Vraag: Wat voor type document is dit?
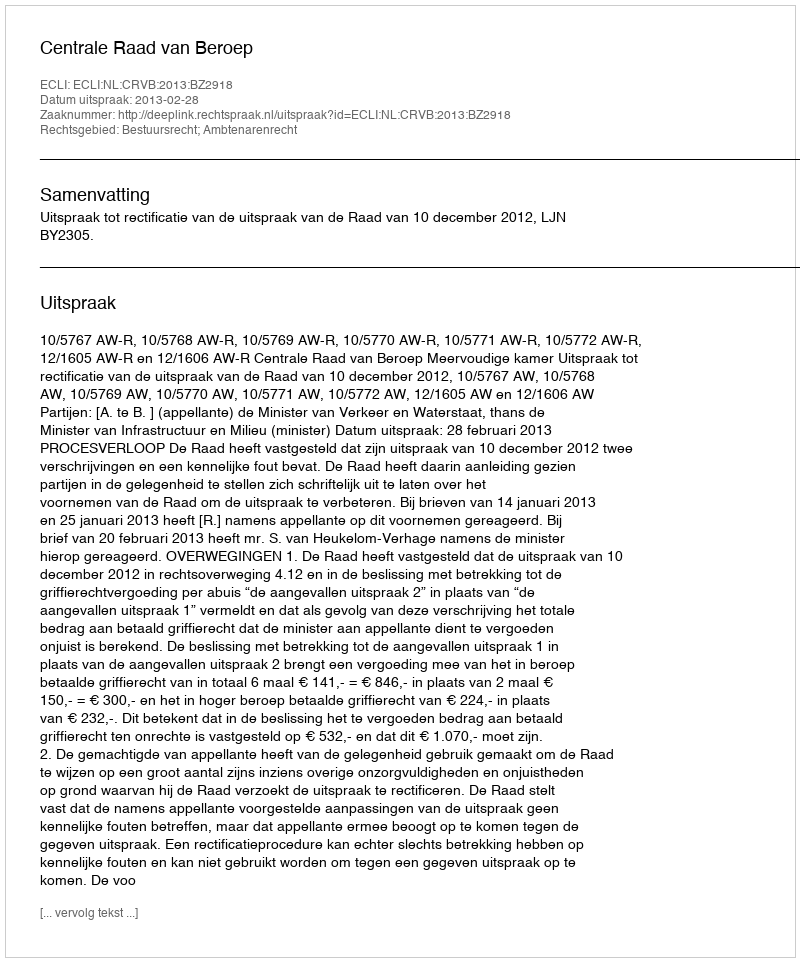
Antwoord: Uitspraak